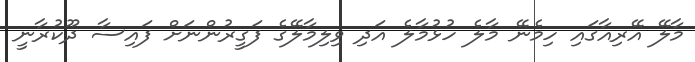
މާލޭ އޭރިއާގައި ހިމެނޭ މާލެ ހުޅުމާލެ އަދި ވިލިމާލޭގެ ފަގީރުންނަށް ފައިސާ ދޫކުރާނީ